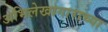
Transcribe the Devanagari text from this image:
अभिलेखागाराच्या